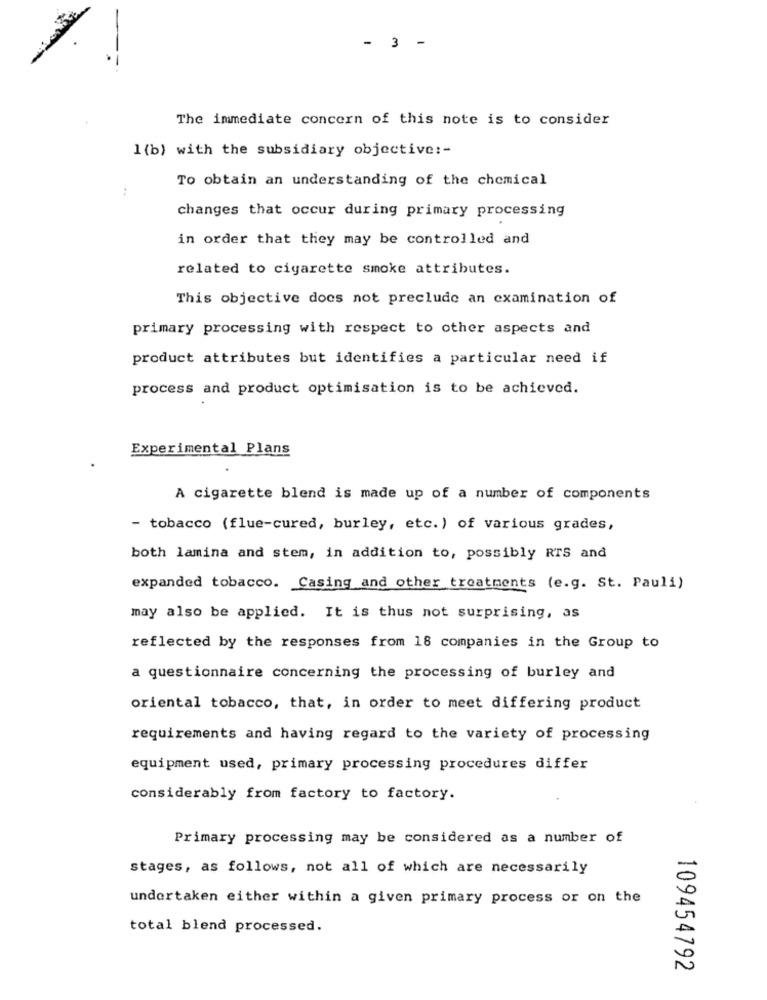
- 3 -
The immediate concern of this note is to consider
1 (b) with the subsidiary objective :-
To obtain an understanding of the chemical
changes that occur during primary processing
in order that they may be controlled and
related to cigarette smoke attributes.
This objective does not preclude an examination of
primary processing with respect to other aspects and
product attributes but identifies a particular need if
process and product optimisation is to be achieved.
Experimental Plans
A cigarette blend is made up of a number of components
- tobacco (flue-cured, burley, etc.) of various grades,
both lamina and stem, in addition to, possibly RTS and
expanded tobacco. Casing and other treatments (e.g. St. Pauli)
may also be applied. It is thus not surprising, as
reflected by the responses from 18 companies in the Group to
a questionnaire concerning the processing of burley and
oriental tobacco, that, in order to meet differing product
requirements and having regard to the variety of processing
equipment used, primary processing procedures differ
considerably from factory to factory.
Primary processing may be considered as a number of
stages, as follows, not all of which are necessarily
undertaken either within a given primary process or on the
total blend processed.
109454792